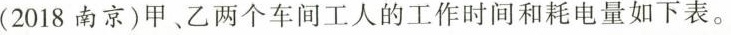
(2018南京)甲、乙两个车间工人的工作时间和耗电量如下表。